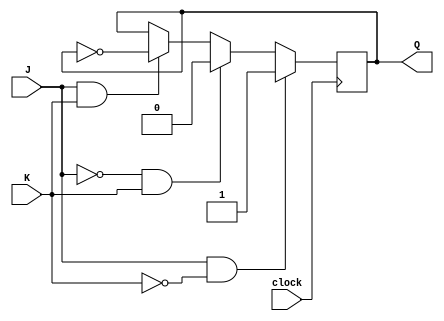
module jk_flip_flop (
    input J,
    input K,
    input clock,
    output reg Q
);

always @(posedge clock) begin
    if (J & ~K)
        Q <= 1;
    else if (~J & K)
        Q <= 0;
    else if (J & K)
        Q <= ~Q;
end

endmodule